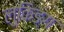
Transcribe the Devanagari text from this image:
लुकिङ्ग